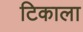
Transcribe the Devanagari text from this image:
टिकाला